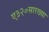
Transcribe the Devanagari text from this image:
ए३२०सारख्या